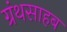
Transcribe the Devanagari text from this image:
ग्रंथसाहब